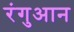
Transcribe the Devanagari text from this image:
रंगुआन